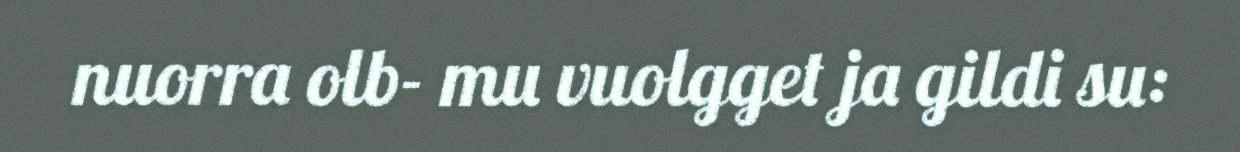
nuorra olb- mu vuolgget ja gildi su: